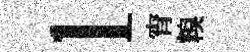
l宵糗